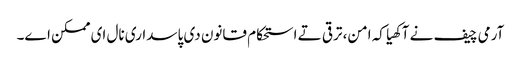
آرمی چیف نے آکھیا کہ امن، ترقی تے استحکام قانون دی پاسداری نال ای ممکن اے۔